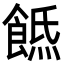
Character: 𩜡